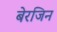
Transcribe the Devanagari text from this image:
बेरजिन